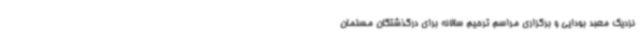
نزدیک معبد بودایی و برگزاری مراسم ترحیم سالانه برای درگذشتگان مسلمان